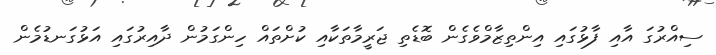
ސިއްރުގަ އާއި ފާޅުގައި އިންތިޒާމްވެގެން ބޮޑެތި ޖަރީމާތަކާއި ކުށްތައް ހިންގަމުން ދާއިރުުގައި އަޅުގަނޑުމެން